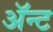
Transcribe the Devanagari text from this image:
ॲन्ट